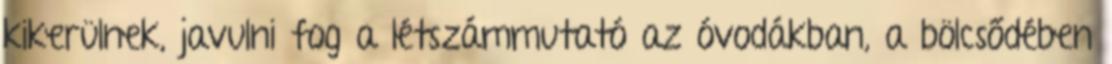
kikerülnek, javulni fog a létszámmutató az óvodákban, a bölcsődében